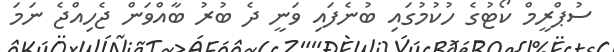
ސުޕްރީމް ކޯޓުގެ ހުކުމުގައި ބުނެފައި ވަނީ ދެ ބުރު ބާއްވަން ޖެހިއްޖެ ނަމަ